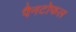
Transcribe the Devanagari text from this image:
पैनटोफल